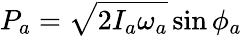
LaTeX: P_{a}=\sqrt{2I_{a}\omega_{a}}\sin\phi_{a}